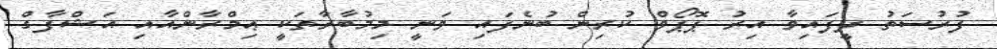
ފުރުސަތު ދީފައިވާ އިރު ޕޮޕޯވް ކުރިން ބުނެފައި ވަނީ މިމުބާރާތަކީ ޢިމްރާންއާއި އަޝްފާގް